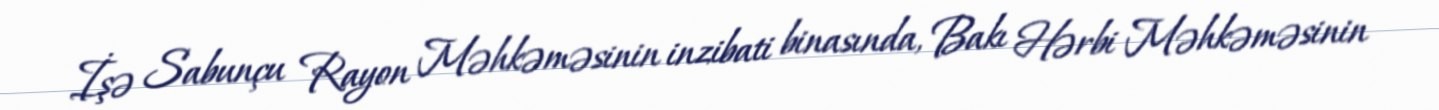
İşə Sabunçu Rayon Məhkəməsinin inzibati binasında, Bakı Hərbi Məhkəməsinin